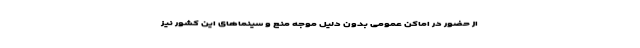
از حضور در اماکن عمومی بدون دلیل موجه منع و سینماهای این کشور نیز